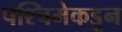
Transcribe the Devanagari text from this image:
पश्‍चिमेकडून